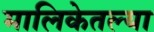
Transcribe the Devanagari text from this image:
मालिकेतल्या